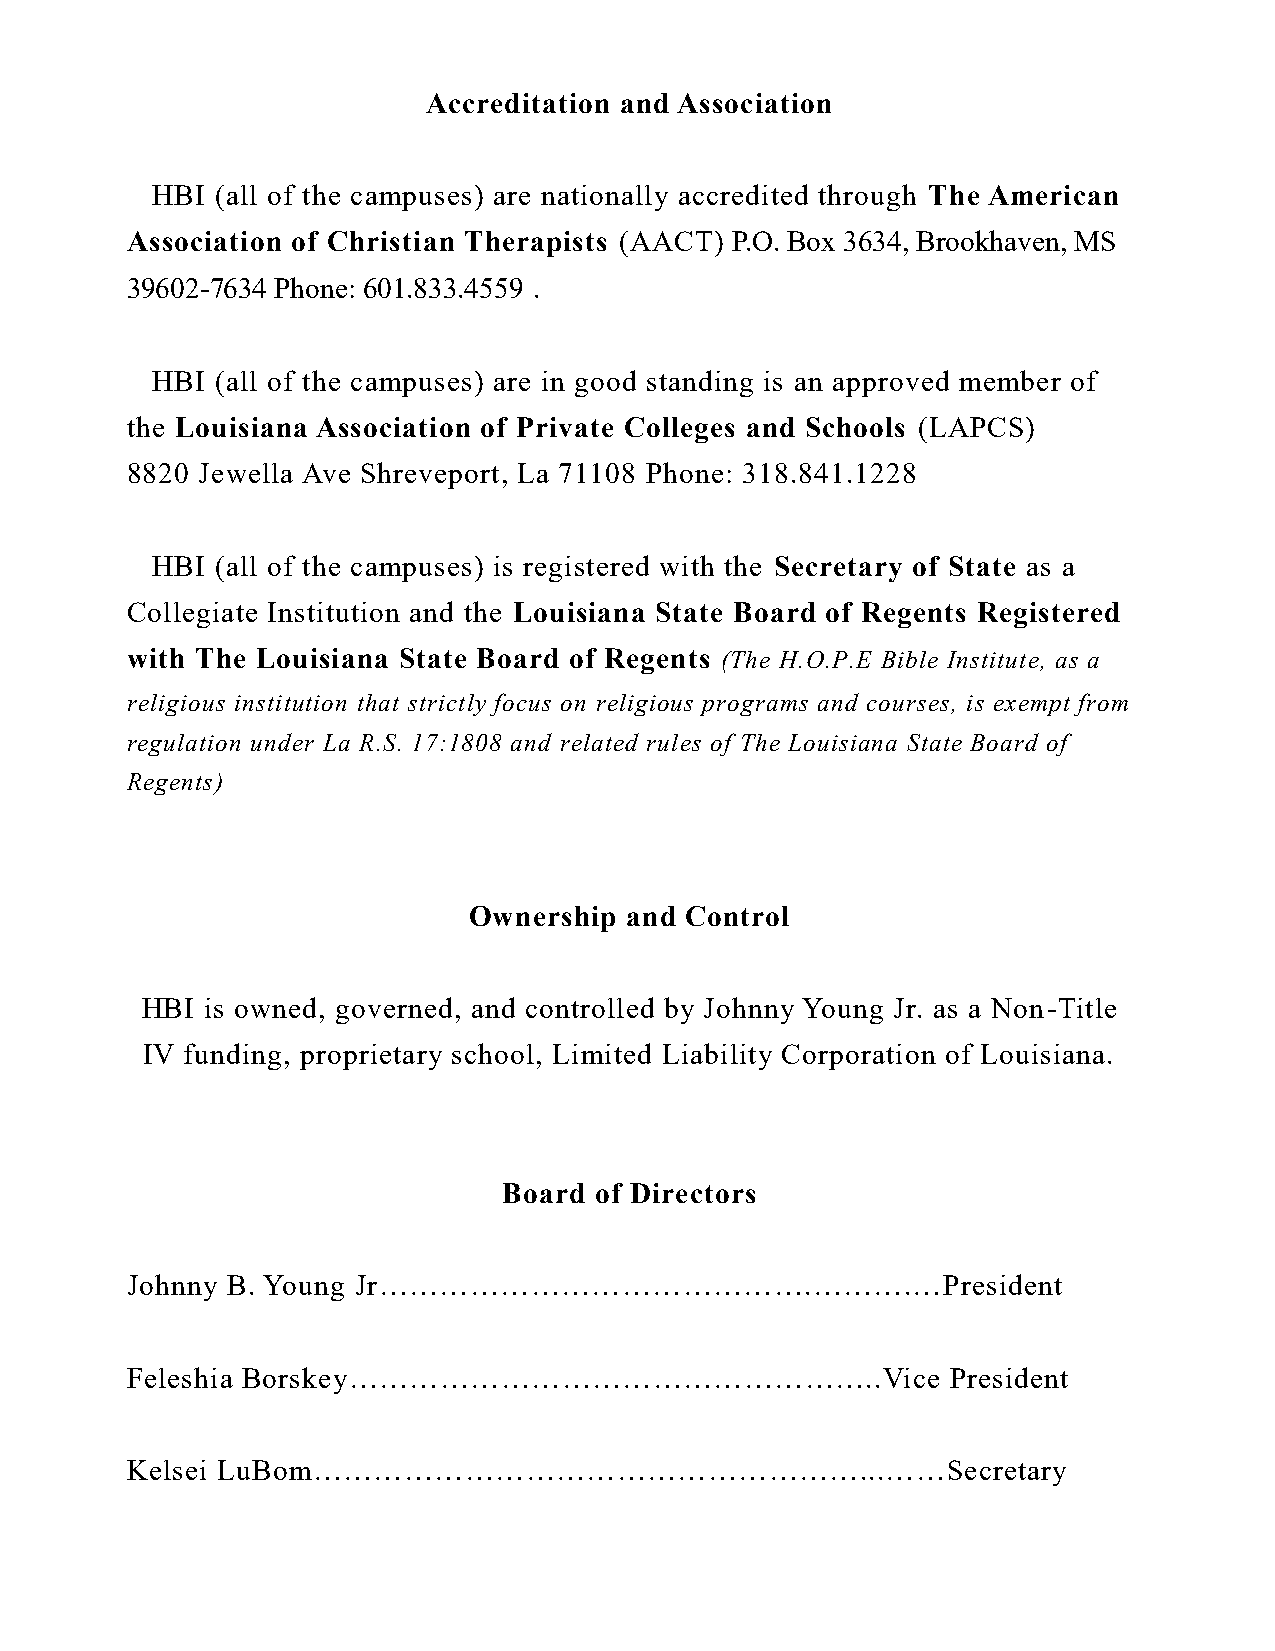
Accreditation and Association
 HBI (all of the campuses) are nationally accredited through The American
 Association of Christian Therapists (AACT) P.O. Box 3634, Brookhaven, MS
 39602-7634 Phone: 601.833.4559 .
 HBI (all of the campuses) are in good standing is an approved member of
 the Louisiana Association of Private Colleges and Schools (LAPCS)
 8820 Jewella Ave Shreveport, La 71108 Phone: 318.841.1228
 HBI (all of the campuses) is registered with the Secretary of State as a
 Collegiate Institution and the Louisiana State Board of Regents Registered
 with The Louisiana State Board of Regents (The H.O.P.E Bible Institute, as a
 religious institution that strictly focus on religious programs and courses, is exempt from
 regulation under La R.S. 17:1808 and related rules of The Louisiana State Board of
 Regents)
 Ownership and Control
 HBI  is owned, governed, and controlled by Johnny Young Jr. as a Non-Title
 IV funding, proprietary school, Limited Liability Corporation of Louisiana.
 Board of Directors
 Johnny B. Young Jr…………………………………….……….…President
 Feleshia Borskey……………………………………………..Vice                President
 Kelsei LuBom………………………………………………...……Secretary